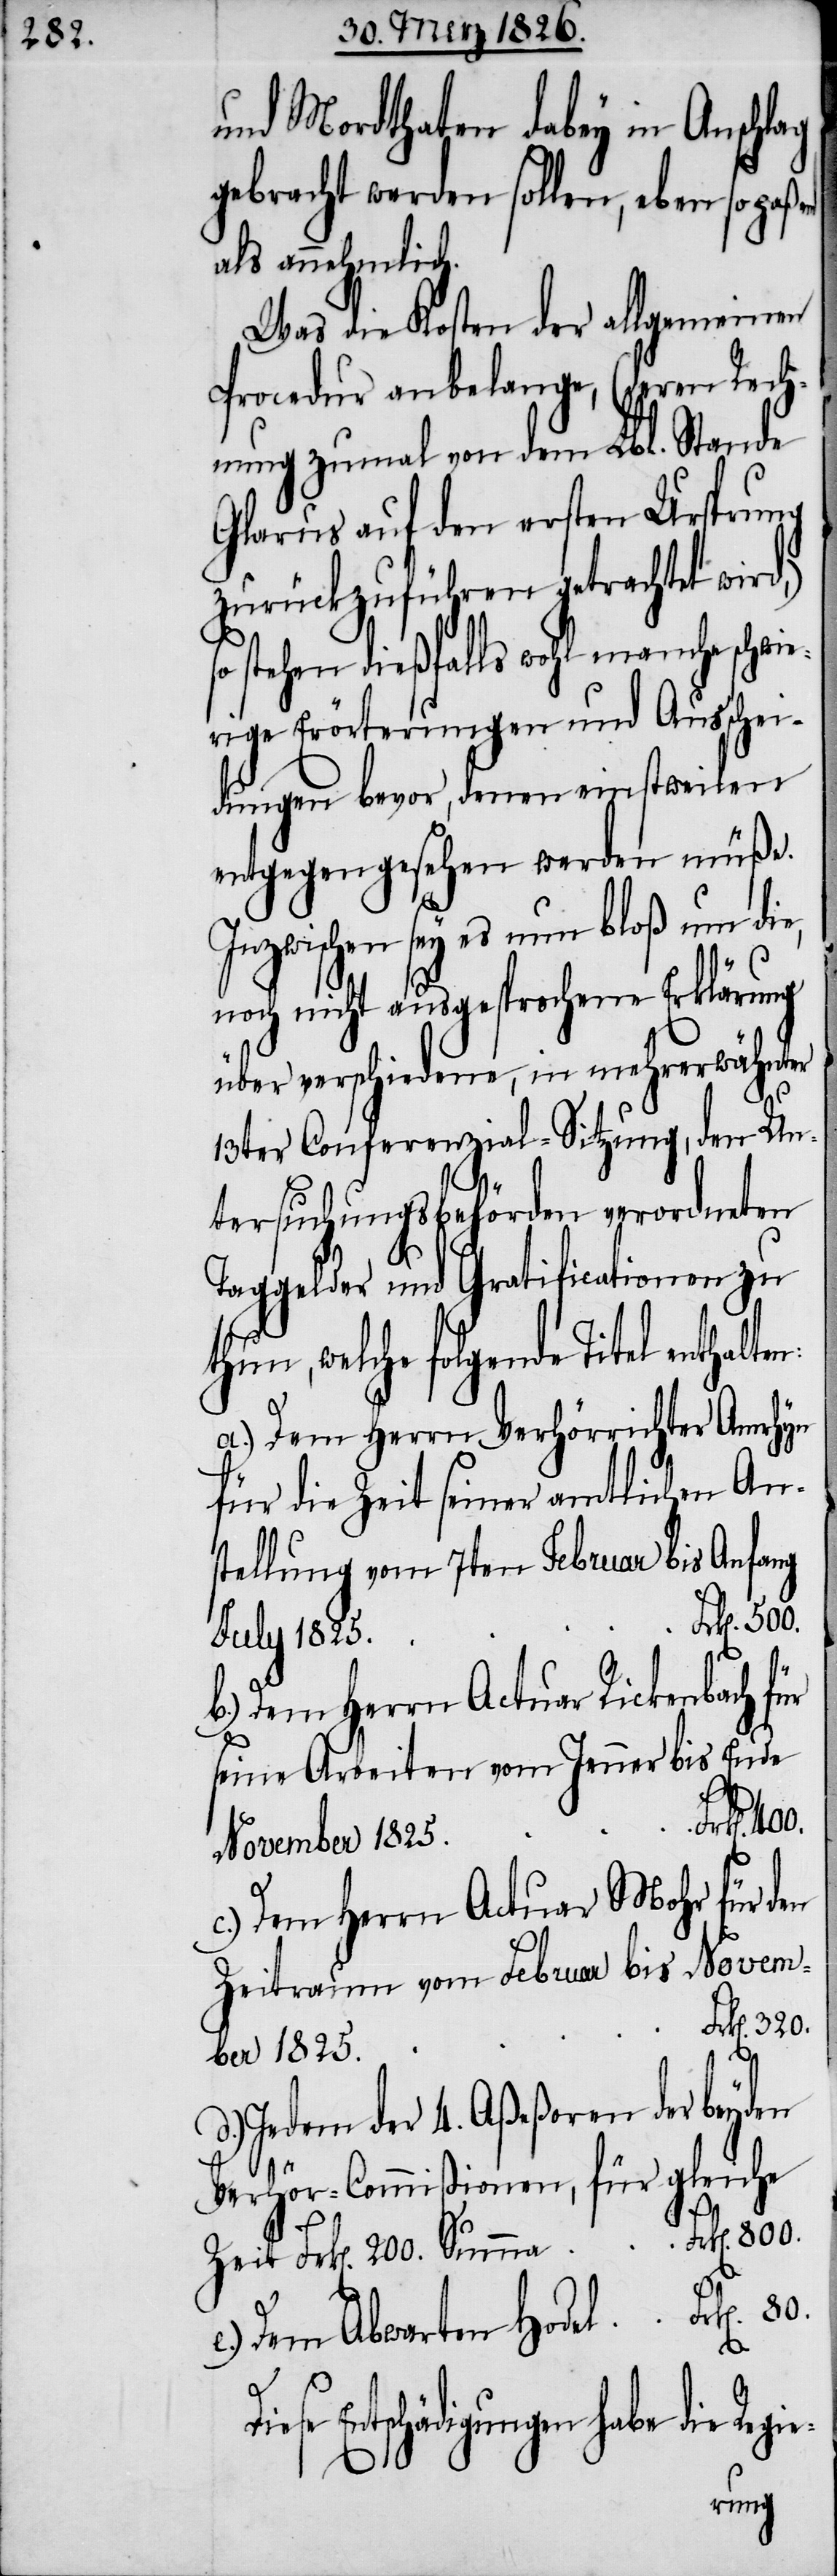
und Mordthaten dabey in Anschlag
gebracht werden sollen, eben so paßen
als annehmlic¬
Was die Kosten der allgemeinen
Procedur anbelange, (deren Rec¬
hnung zumal von dem Lbl. Stände
Glarus auf den ersten Ursprung
zurückzuführen getrachtet wir¬
stehen dießfalls wohl manche sch¬
rige Erörterungen und Ausschei¬
dungen bevor, denen einstweilen
entgegengesehen werden müße.
Diese
Inzwischen sey es nun bloß um di¬
noch nicht ausgesprochene Erklärung
über verschiedene, in mehrerwähnter
13ter Confernezial-Sitzung, den Un¬
tersuchungsbehörden verordneten
Taggelder und Gratificationen zu
thun, welche folgende Titel enthalt¬
a.) Dem Herrn Verhörrichter Amrhyn
für die Zeit seiner amtlichen An¬
stellung vom 7ten Februar bis Anfang
July 1825.
gie-
b.) Dem Herrn Actuar Rickenbach für
seine Arbeiten vom Jenner bis Ende
Dem Abwa¬
November 1825.
c.) Dem Herrn Actuar Mohr für den
Zeitraum von Februar bis Novem¬
ber 1825.
en:
d.) Jedem der 4. Aßeßoren der beyden
Verhör-Commißion, für gleiche
Entschädigungen haben die Re¬